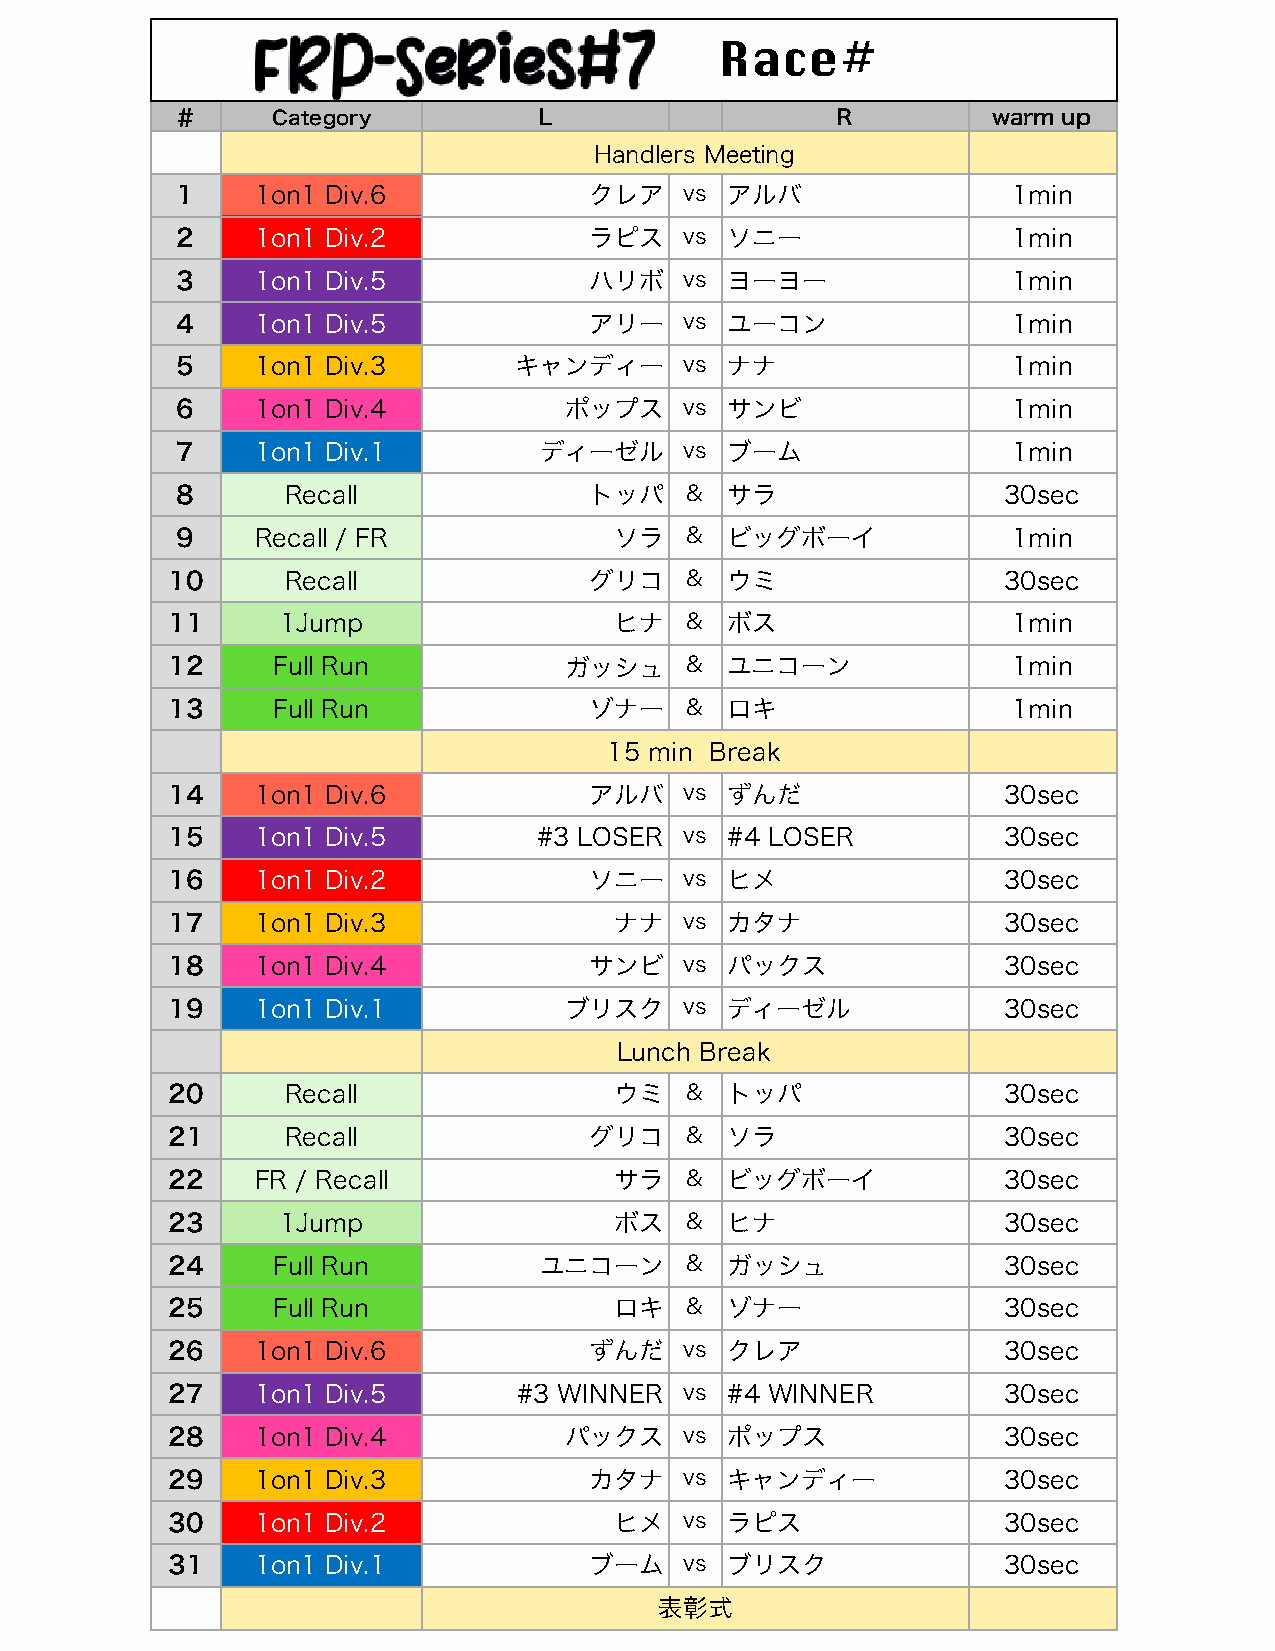
Race#
 ＃      Category          L                  R          warm up
 Handlers Meeting
 1    1on1 Div.6            クレア   vs アルバ                1min
 2    1on1 Div.2            ラピス   vs ソニー                1min
 3    1on1 Div.5            ハリボ   vs ヨーヨー               1min
 4    1on1 Div.5            アリー   vs ユーコン               1min
 5    1on1 Div.3       キャンディー     vs ナナ                 1min
 6    1on1 Div.4          ポップス    vs サンビ                1min
 7    1on1 Div.1         ディーゼル    vs ブーム                1min
 8      Recall              トッパ   &  サラ                30sec
 9    Recall / FR             ソラ  &  ビッグボーイ             1min
 10      Recall              グリコ   &  ウミ                30sec
 11      1Jump                 ヒナ  &  ボス                 1min
 12     Full Run           ガッシュ    &  ユニコーン              1min
 13     Full Run             ゾナー   &  ロキ                 1min
 15 min Break
 14    1on1 Div.6            アルバ   vs ずんだ               30sec
 15    1on1 Div.5         #3 LOSER vs #4 LOSER          30sec
 16    1on1 Div.2            ソニー   vs ヒメ                30sec
 17    1on1 Div.3              ナナ  vs カタナ               30sec
 18    1on1 Div.4            サンビ   vs パックス              30sec
 19    1on1 Div.1          ブリスク    vs ディーゼル             30sec
 Lunch Break
 20      Recall                ウミ  &  トッパ               30sec
 21      Recall              グリコ   &  ソラ                30sec
 22    FR / Recall             サラ  &  ビッグボーイ            30sec
 23      1Jump                 ボス  &  ヒナ                30sec
 24     Full Run          ユニコーン    &  ガッシュ              30sec
 25     Full Run               ロキ  &  ゾナー               30sec
 26    1on1 Div.6            ずんだ   vs クレア               30sec
 27    1on1 Div.5       #3 WINNER  vs #4 WINNER         30sec
 28    1on1 Div.4          パックス    vs ポップス              30sec
 29    1on1 Div.3            カタナ   vs キャンディー            30sec
 30    1on1 Div.2              ヒメ  vs ラピス               30sec
 31    1on1 Div.1            ブーム   vs ブリスク              30sec
 表彰式